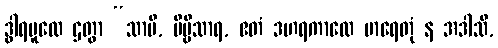
ဒွါရမူလေ ဌတွာ “သာမိ, ဗိမ္ဗိသာရ, ဧတံ ဒဟရကာလေ မာရေတုံ န အဒါသိ,